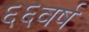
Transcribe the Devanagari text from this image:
६६वर्ष